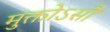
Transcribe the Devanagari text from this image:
मुक्तोऽसौ